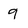
Character: 9